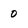
Character: 0